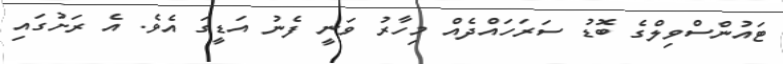
ޓައުންސްވިލްގެ ބޮޑު ސަރަހައްދެއް މިހާރު ވަނީ ފެނު އަޑީގަ އެވެ. އެ ރަށުގައި